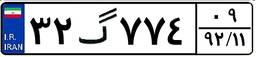
۳۲گ۷۷۴۰۹